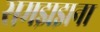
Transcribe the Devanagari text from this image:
समझझना